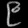
Digit: ၉